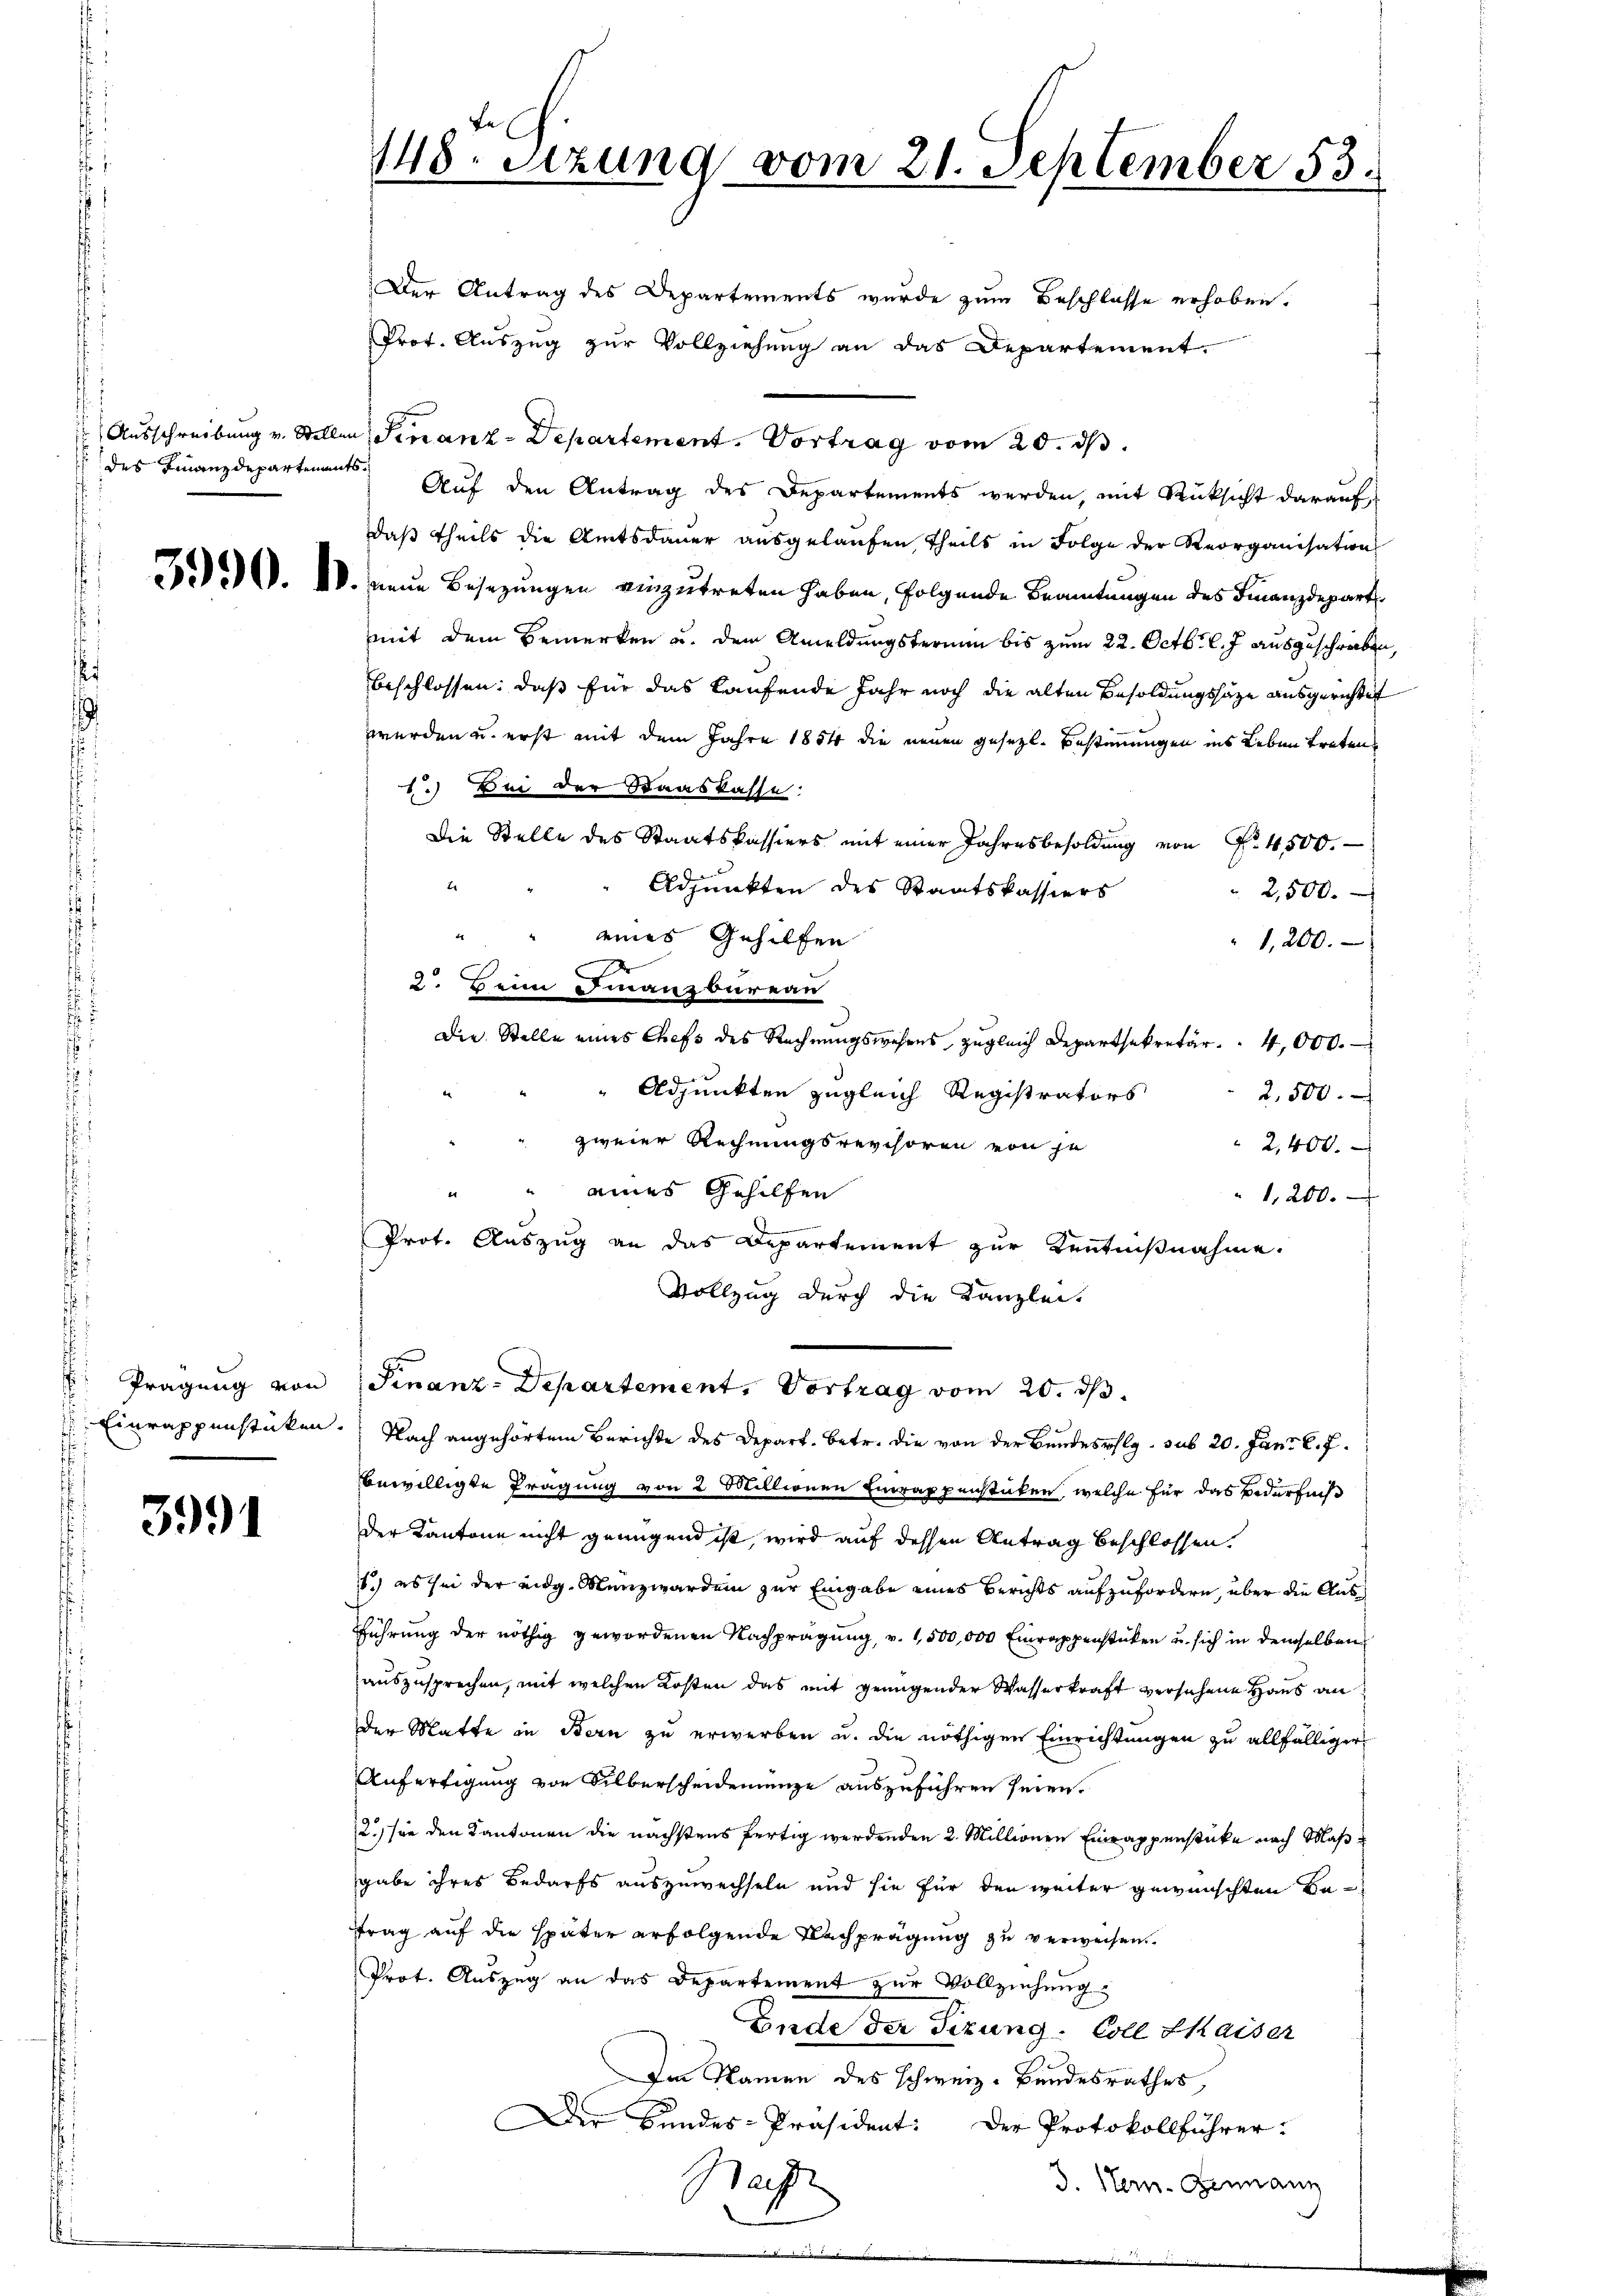
Ausschreibung v. Stellen
des Finanzdepartenan

Prägung von
Einrappenstücken.

3991

148. Setzung vom 21. September 53.

Der Antrag des Departements wurde zum Beschlosse erhoben.
Prot. Auszug zur Vollziehung an das Departement.
d. Finanz-Departement. Vortrag vom 20. ds.
5.) Auf den Antrag des Departements werden, mit Rücksicht darauf
daß theils die Amtsdauer ausgelaufen, theils in Folge der Reorganisation
.). IV. Neue Besetzungen einzutreten haben, folgende Beamtungen des Finanzdepart
mit dem Bemerken u. dem Ameldungstermin bis zum 22. Octbr. l. J. ausgeschrieben
beschlossen, daß für das laufende Jahr noch die alten Besoldungshaze ausgerichtet
werden u. erst mit dem Jahre 1854 die neuen gesetzl. Bestimmungen ins Leben treten
1.) Bei der Staaskasse:
Die Stelle des Staatskassiers mit einer Jahresbesoldung von Nr. 4500.
2
Adjunkten des Staatskassiers
2,500.
"" eines Gehilfen
1,200.
2. Beim Finanzbureau
Die Stelle eines Chefs des Rechnungswesens zugleich Departsekretär . . 4000.
" Adjunkten zugleich Registrators
2,500.
zweier Rechnungsrevisoren von je
 2,400.
" eines Gehilfen
"1,200.
Prot. Auszug an das Departement zur Kenntnißnahme.
Vollzug durch die Kanzlei-
Finanz-Departement, Vortrag vom 20. ds.
Nach angehörtem Berichte des Depart. Betr. die von der Bundesrlg. sub 20. Jan. l. J.
bewilligte Prägung von 2 Millionen Einrappenstücken, welche für das Bedürfniß
der Kantone nicht genügend ist, wird auf dessen Antrag beschlossen.
1) es sei der eidg. Münzwerden zur Eingabe eines Berichts aufzufordern, über die Aus¬
Führŭng der nöthig gewordenen Nachprägŭng, v. 1,500,000 Einrappenstücken u. sich in demselben
auszusprechen, mit welchen Kosten das mit genügender Wasserkraft versehene Haus an
der Matte in Bern zu erwerben u. die nöthigen Einrichtungen zu allfälliger
Anfertigung von Silberscheidenenze auszuführen seien.
2.) sie den Kantonen die nächstens fertig werdenden 2. Millionen Einrappenstücke nach Maß u
gabe ihres Bedarfs auszuwechseln und sie für den weiter gewünschten Betrag auf die später erfolgende Nachprägung zu verweisen.
Prot. Auszug an das Departement zŭr Vollziehung
Ende der Tizung-Coll Kaiser
Im Namen des Schweiz. Bandesrathes,
Der Bundes-Präsident: Der Protokollführer-
ag
J. Stern. Genann
n